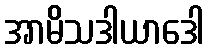
အာမိသဒါယာဒေါ